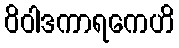
ဝိဝါဒကာရကေဟိ